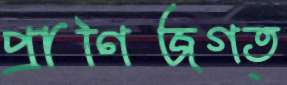
প্রাণিজগত্